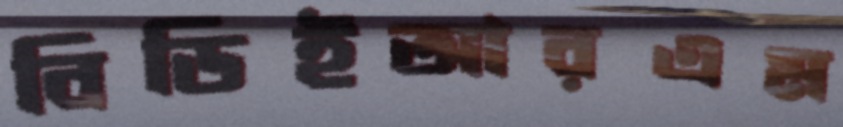
বিডিইআরএম